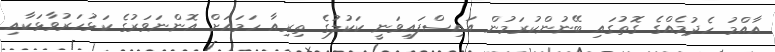
އާއްމު ހެދުމެއްގެ ގޮތުގައި ބޭނުންކުރަމުން އައިސްފައިވަނީ ކަކުލުގެ ތިރިއާ ހަމައަށް އޮންނަވަރުގެ ކަޅުހަރުވާޅަކާއި